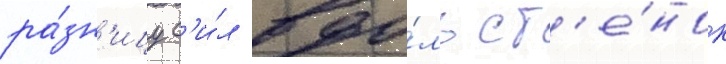
ра́зн'ицу с'и́л вдо́ль ст'е́нок